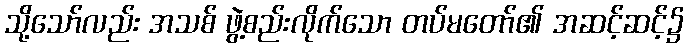
သို့သော်လည်း အသစ် ဖွဲ့စည်းလိုက်သော တပ်မတော်၏ အဆင့်ဆင့်၌